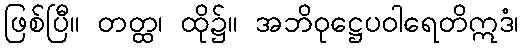
ဖြစ်ပြီ။ တတ္ထ၊ ထို၌။ အဘိဝုဋ္ဌေပဝါရေတိဣဒံ၊